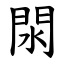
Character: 閖